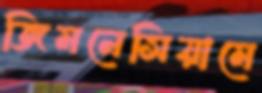
জিমনেসিয়ামে